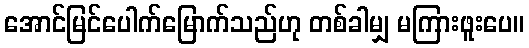
အောင်မြင်ပေါက်မြောက်သည်ဟု တစ်ခါမျှ မကြားဖူးပေ။